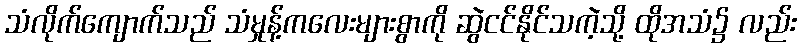
သံလိုက်ကျောက်သည် သံမှုန့်ကလေးများစွာကို ဆွဲငင်နိုင်သကဲ့သို့ ထိုအသံ၌ လည်း